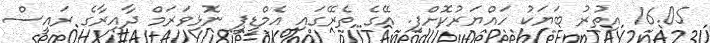
16.05 އިތުރު ބަޔަކު ހައްޔަރުކޮށްފި. އޭގެ ތެރޭގައި އެމްޑީޕީ ނޮޅިވަރަމް ދާއިރާގެ ރައީސް